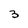
Character: 3